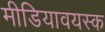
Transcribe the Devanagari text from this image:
मीडियावयस्क